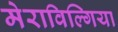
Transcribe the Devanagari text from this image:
मेराविल्गिया